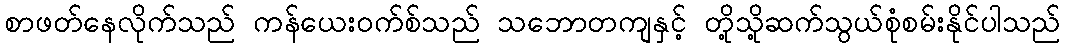
စာဖတ်နေလိုက်သည် ကန်ယေးဝက်စ်သည် သဘောတကျနှင့် တို့သို့ဆက်သွယ်စုံစမ်းနိုင်ပါသည်